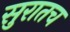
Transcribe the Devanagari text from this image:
सुरातच